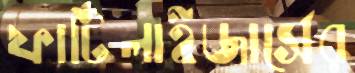
ফার্টিলাইজার্সের